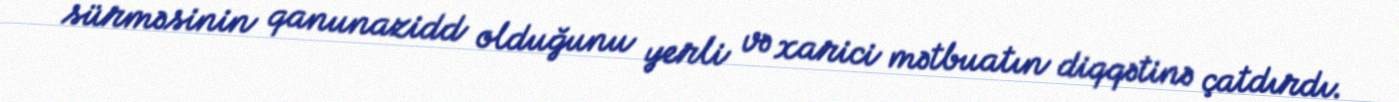
sürməsinin qanunazidd olduğunu yerli və xarici mətbuatın diqqətinə çatdırdı.